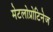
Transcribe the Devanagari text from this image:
मेटलोप्रोटिनेज